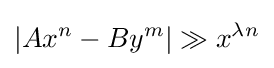
|Ax^{n}-By^{m}|\gg x^{\lambda n}